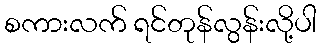
စကားလက် ရင်တုန်လွန်းလို့ပါ